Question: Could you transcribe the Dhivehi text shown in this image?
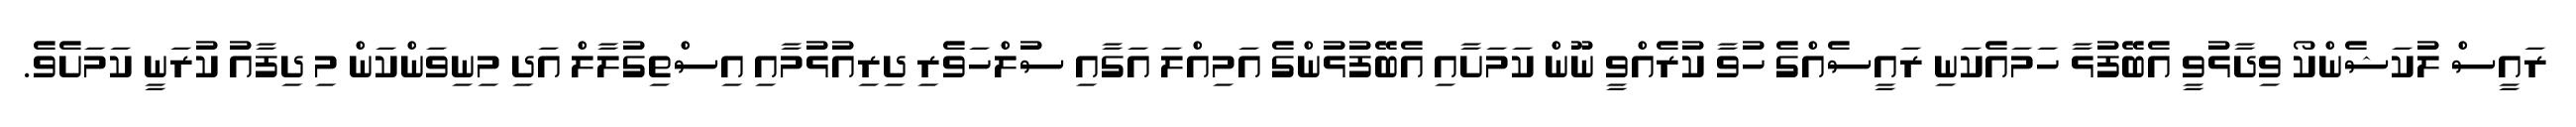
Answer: ރައީސް ލުކަޝެންކޯ ވިދާޅުވީ އެބޭފުޅާ ހަމައެކަނި ރައީސެއްގެ ހުވާ ކުރެއްވީ ނޫން ކަމަށާއި އެބޭފުޅުންގެ އަމިއްލަ އަގާއި ސުލްހަވެރި ދިރިއުޅުމާއި އިސްތިގުލާލް އަދި މިނިވަންކަން މި ދިފާއު ކުރަނީ ކަމަށެވެ.